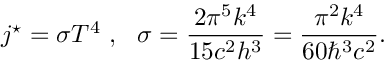
j ^ { \star } = \sigma T ^ { 4 } ~ , ~ ~ \sigma = { \frac { 2 \pi ^ { 5 } k ^ { 4 } } { 1 5 c ^ { 2 } h ^ { 3 } } } = { \frac { \pi ^ { 2 } k ^ { 4 } } { 6 0 \hbar ^ { 3 } c ^ { 2 } } } .